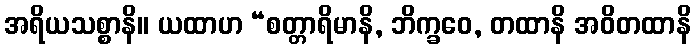
အရိယသစ္စာနိ။ ယထာဟ “စတ္တာရိမာနိ, ဘိက္ခဝေ, တထာနိ အဝိတထာနိ